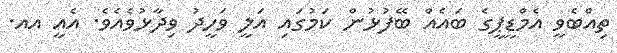
ތިއްބެވީ އެމްޑީޕީގެ ބައެއް ބޭފުޅުން ކަމުގައި އަލީ ވަހީދު ވިދާޅުވެއެވެ. އެއީ އއ.